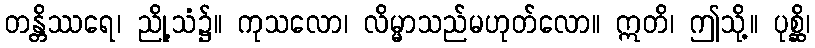
တန္တိဿရေ၊ ညို့သံ၌။ ကုသလော၊ လိမ္မာသည်မဟုတ်လော။ ဣတိ၊ ဤသို့။ ပုစ္ဆိ၊